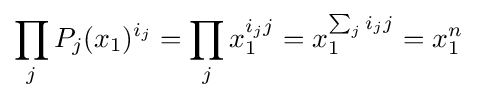
\prod _{j}P_{j}(x_{1})^{i_{j}}=\prod _{j}x_{1}^{i_{j}j}=x_{1}^{\sum _{j}i_{j}j}=x_{1}^{n}